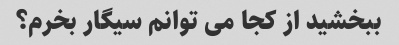
ببخشید از کجا می توانم سیگار بخرم؟